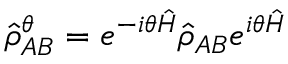
\hat { \rho } _ { A B } ^ { \theta } = e ^ { - i \theta \hat { H } } \hat { \rho } _ { A B } e ^ { i \theta \hat { H } }